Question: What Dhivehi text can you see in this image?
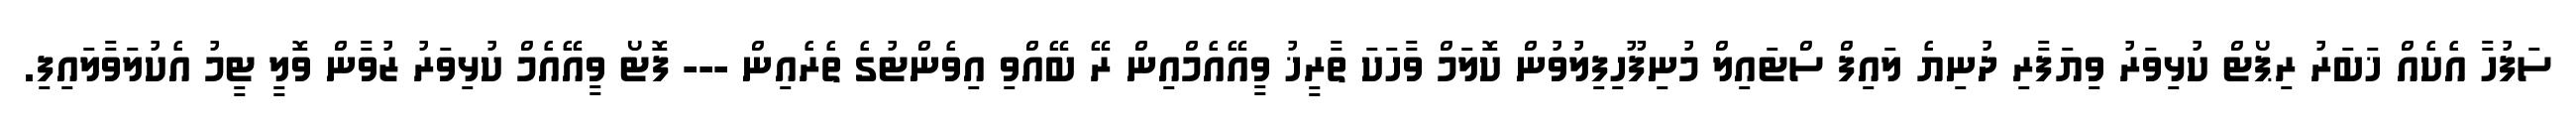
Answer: ސަފުހާ އެކެއް ޚަބަރު ރިޕޯޓް ކުޅިވަރު ވިޔަފާރި ދުނިޔެ ލައިފް ސްޓައިލް މުނިފޫހިފިލުވުން ކޮލަމް ވާހަކަ ތާރީޚު ވީއޭއެމްއިން ރޭ ބޭއްވި އިވެންޓުގެ ތެރެއިން --- ފޮޓޯ ވީއޭއެމް ކުޅިވަރު ޒުވާން ވޮލީ ޓީމު އެކުލަވާލައިފި.